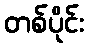
တစ်ပိုင်း